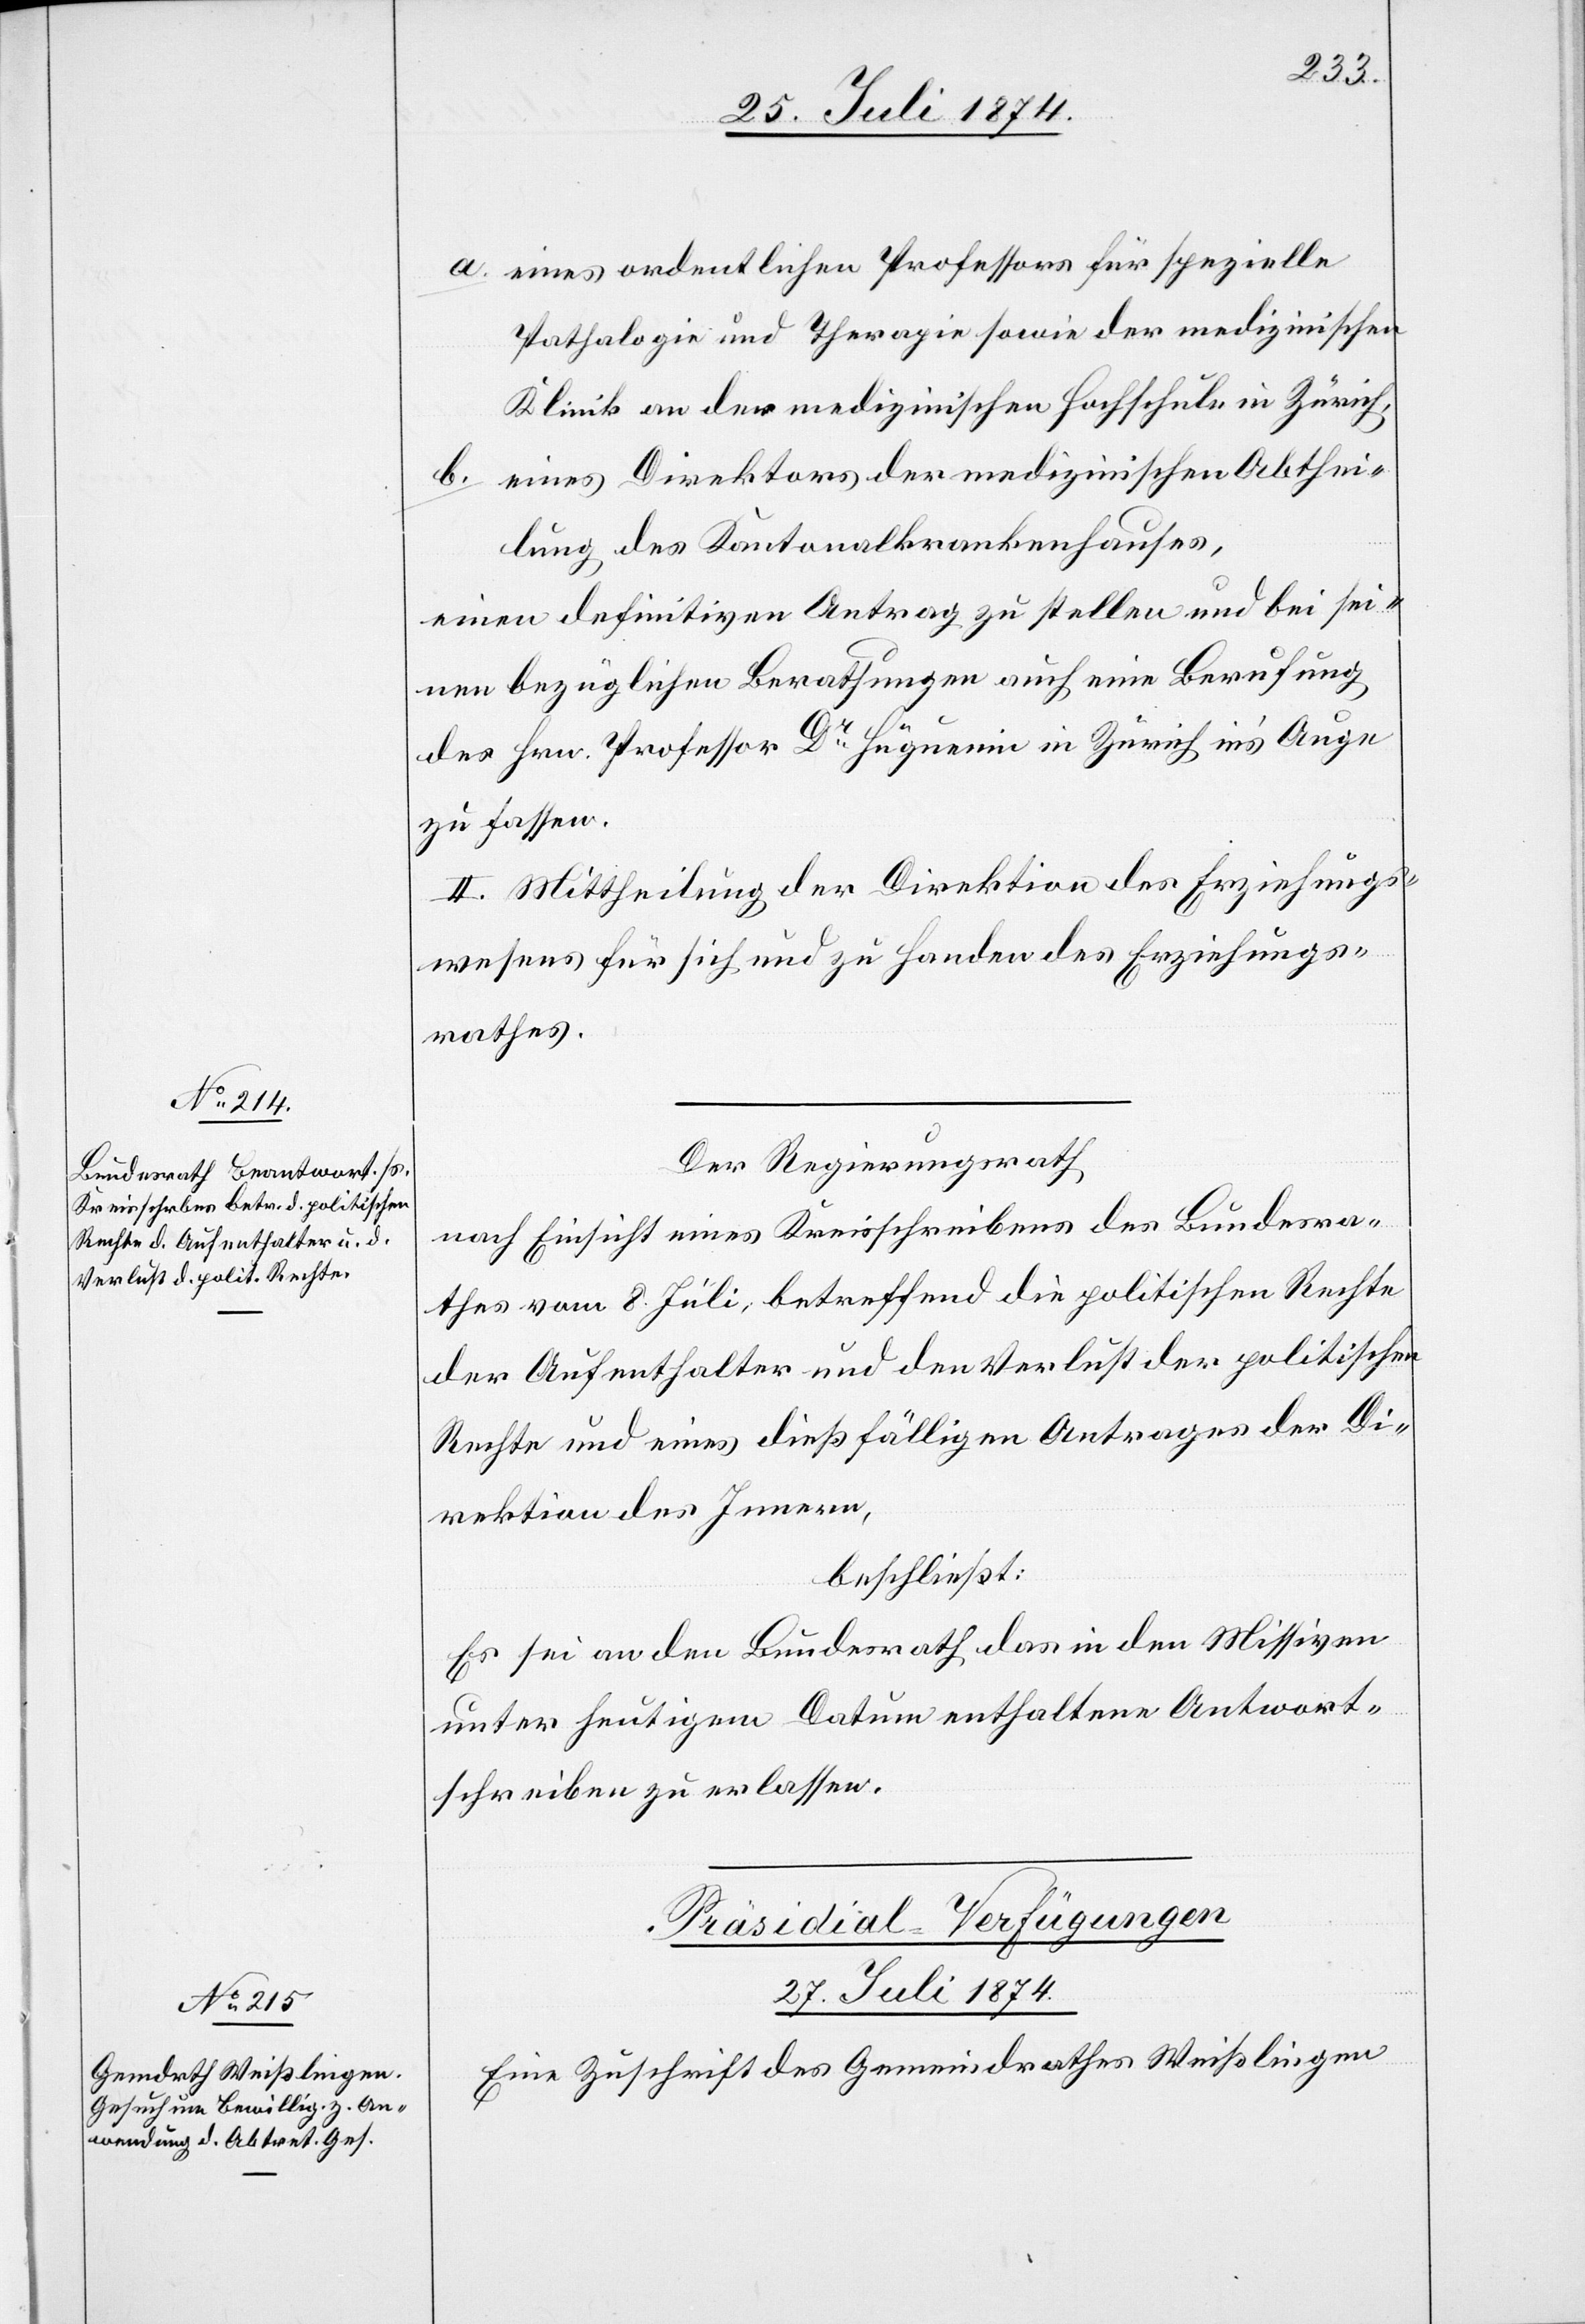
a. eines ordentlichen Professors für spezielle
Pathalogie und Therapie sowie der medizinischen
Klinik an der medizinischen Hochschule in Zürich,
b. eines Direktors der medizinischen Abthei¬
lung des Kantonalkrankenhauses,
einen definitiven Antrag zu stellen und bei sei¬
nen bezüglichen Berathungen auch eine Berufung
des Hrn. Professor Dr Hüguenin in Zürich in’s Auge
zu fassen.
II. Mittheilung der Direktion des Erziehungs¬
wesens für sich und zu Handen des Erziehungs¬
rathes.
Der Regierungsrath
nach Einsicht eines Kreisschreibens des Bundesra¬
thes vom 8. Juli, betreffend die politischen Rechte
der Aufenthalter und den Verlust der politischen
Rechte und eines dießfälligen Antrages der Di¬
rektion des Innern,
beschließt:
Es sei an den Bundesrath das in den Missiven
unter heutigem Datum enthaltene Antwort¬
schreiben zu erlassen.
Präsidial-Verfügungen
27. Juli 1874.
Eine Zuschrift des Gemeindrathes Weißlingen